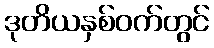
ဒုတိယနှစ်ဝက်တွင်